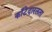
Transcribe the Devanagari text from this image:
काँटेदारलता